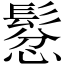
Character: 𲌠